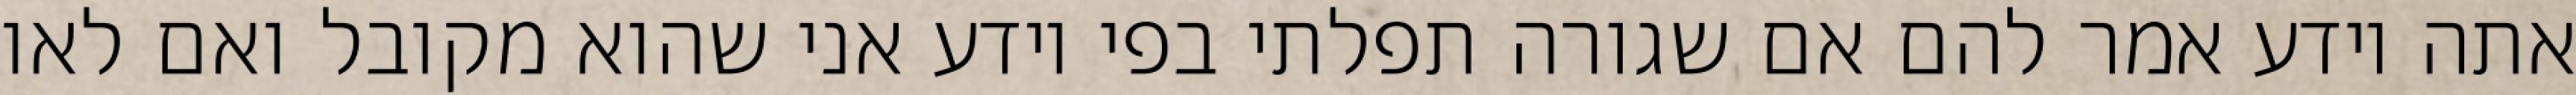
אתה יודע אמר להם אם שגורה תפלתי בפי יודע אני שהוא מקובל ואם לאו